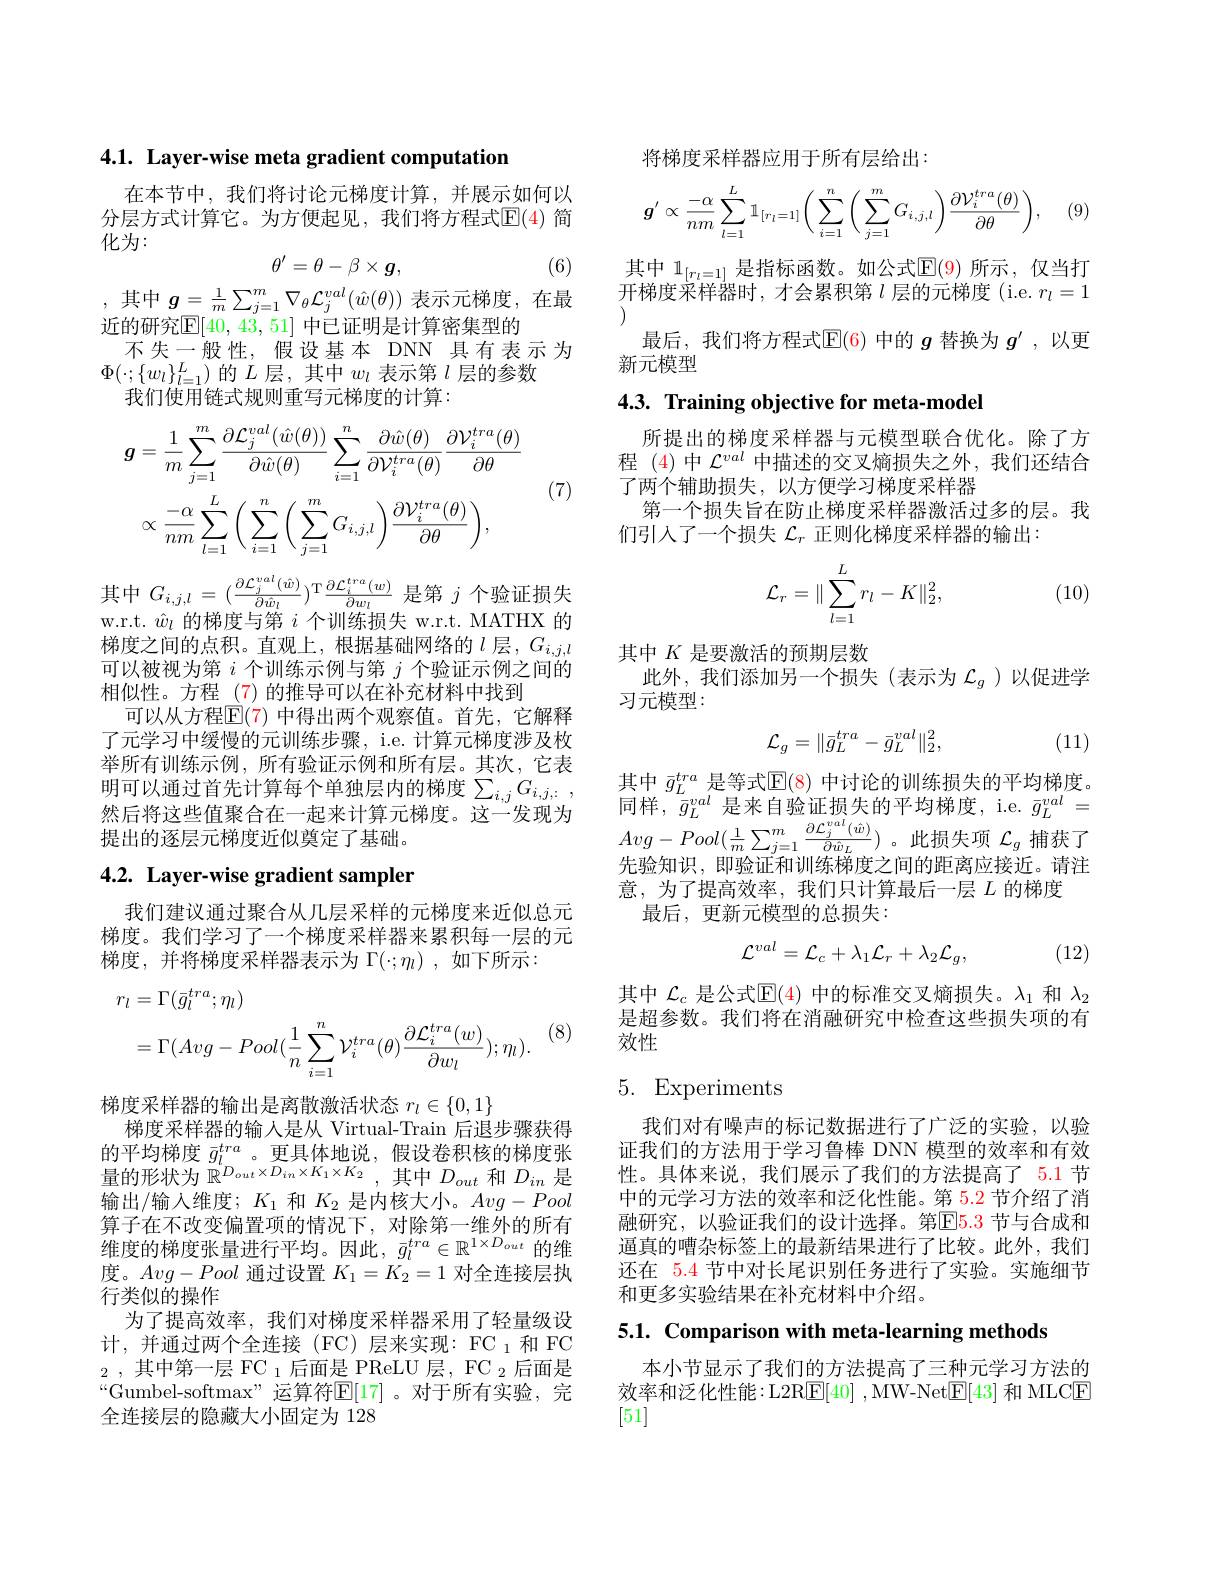
4.1. Layer-wise meta gradient computation

在本节中，我们将讨论元梯度计算，并展示如何以分层方式计算它。为方便起见，我们将方程式$\overline{\mathbb{E}}(4)$ 简化为：
$$\theta'=\theta-\beta\times\boldsymbol{g},$$
(6)
$$g=\frac{1}{m}\sum_{j=1}^{m}\nabla_{\theta}\mathcal{L}_{j}^{val}(\hat{w}(\theta))$$
近的研究$\mathbb{E}[40,43,51]$ 中已证明是计算密集型的
不失一般性，假设基本 DNN 具有表示为
$\Phi(\cdot;\{w_{l}\}_{l=1}^{L})$的$L$层，其中$w_l$表示第$l$层的参数
我们使用链式规则重写元梯度的计算：
$$\boldsymbol{g}=\frac{1}{m}\sum_{j=1}^{m}\frac{\partial\mathcal{L}_{j}^{val}(\hat{w}(\theta))}{\partial\hat{w}(\theta)}\sum_{i=1}^{n}\frac{\partial\hat{w}(\theta)}{\partial\mathcal{V}_{i}^{tra}(\theta)}\frac{\partial\mathcal{V}_{i}^{tra}(\theta)}{\partial\theta}\\\propto\frac{-\alpha}{nm}\sum_{l=1}^{L}\bigg(\sum_{i=1}^{n}\bigg(\sum_{j=1}^{m}G_{i,j,l}\bigg)\frac{\partial\mathcal{V}_{i}^{tra}(\theta)}{\partial\theta}\bigg),$$
(7)

其 中 $G_{i, j, l}= ( \frac {\partial \mathcal{L} _j^{val}( \hat{w} ) }{\partial \hat{w} _l}) ^{\mathrm{T} }\frac {\partial \mathcal{L} _i^{tra}( w) }{\partial w_l}$ 是 第 $j$ 个 验 证 损 失 w. r. t. $\hat{w} _l$ 的 梯 度 与 第 $i$ 个 训 练 损 失 w. r. t. MATHX 的梯度之间的点积。直观上，根据基础网络的$l$层$,G_{i,j,l}$ 可以被视为第$i$个训练示例与第$j$个验证示例之间的相似性。方程 (7)的推导可以在补充材料中找到
可以从方程$\mathbb{E}(7)$ 中得出两个观察值。首先，它解释了元学习中缓慢的元训练步骤，i.e. 计算元梯度涉及枚举所有训练示例，所有验证示例和所有层。其次，它表明可以通过首先计算每个单独层内的梯度$\sum _i, jG_{i, j, : }$ , 然后将这些值聚合在一起来计算元梯度。这一发现为提出的逐层元梯度近似奠定了基础。

# 4.2. Layer-wise gradient sampler

我们建议通过聚合从几层采样的元梯度来近似总元梯度。我们学习了一个梯度采样器来累积每一层的元梯度，并将梯度采样器表示为$\Gamma(\cdot;\eta_l)$,如下所示：
$$\begin{aligned}r_{l}&=\Gamma(\bar{g}_{l}^{tra};\eta_{l})\\&=\Gamma(Avg-Pool(\frac{1}{n}\sum_{i=1}^{n}\mathcal{V}_{i}^{tra}(\theta)\frac{\partial\mathcal{L}_{i}^{tra}(w)}{\partial w_{l}});\eta_{l}).\end{aligned}$$
(8)

梯度采样器的输出是离散激活状态$r_l\in\{0,1\}$
梯度采样器的输入是从 Virtual-Train 后退步骤获得的平均梯度$\bar{g}_l^{tra}$。更具体地说，假设卷积核的梯度张量的形状为$\mathbb{R}^{D_{out}\times D_{in}\times K_{1}\times K_{2}}$,其中$D_out$和$D_in$是输出/输入维度；$K_1$和$K_2$是内核大小。$Avg-Pool$ 算子在不改变偏置项的情况下，对除第一维外的所有维度的梯度张量进行平均。因此，$\bar{g}_l^{tra}\in\mathbb{R}^{1\times D_{out}}$的维度。$Avg-Pool$通过设置$K_1=K_2=1$对全连接层执行类似的操作
为了提高效率，我们对梯度采样器采用了轻量级设计，并通过两个全连接(FC)层来实现：FC_1和FC $_2$,其中第一层 FC 1后面是 PReLU 层，FC $_2$ 后面是“Gumbel-softmax”运算符$\mathbb{E}[17]$。对于所有实验，完全连接层的隐藏大小固定为 128

将梯度采样器应用于所有层给出：

(9)
$$g'\propto\frac{-\alpha}{nm}\sum_{l=1}^{L}\mathbb{1}_{[r_{l}=1]}\bigg(\sum_{i=1}^{n}\bigg(\sum_{j=1}^{m}G_{i,j,l}\bigg)\frac{\partial\mathcal{V}_{i}^{tra}(\theta)}{\partial\theta}\bigg),$$
其 中 $\mathbb{1} _{[ r_{l}= 1] }$ 是 指 标 函 数 。如 公 式 $\mathbb{E} ( 9)$ 所 示 , 仅 当 打 开 梯 度 采 样 器 时 , 才 会 累 积 第 $l$ 层 的 元 梯 度 ( i. e. $r_{l}= 1$
最后，我们将方程式$\operatorname{E}(6)$中的$g$替换为$g^{\prime}$ ,以更
新元模型

## $4. 3. \textbf{ Training objective for meta- model}$

所提出的梯度采样器与元模型联合优化。除了方程 (4)中$\mathcal{L}^val$中描述的交叉熵损失之外，我们还结合了两个辅助损失，以方便学习梯度采样器
第一个损失旨在防止梯度采样器激活过多的层。我
们引入了一个损失$\mathcal{L}_r$正则化梯度采样器的输出：
$$\mathcal{L}_r=\|\sum_{l=1}^Lr_l-K\|_2^2,$$
(10)

其中$K$是要激活的预期层数
此外，我们添加另一个损失(表示为$\mathcal{L}_g$ )以促进学
习元模型：
$$\mathcal{L}_{g}=\|\bar{g}_{L}^{tra}-\bar{g}_{L}^{val}\|_{2}^{2},$$
(11)

其中$\bar{g}_L^{tra}$是等式$\mathbb{E}(8)$中讨论的训练损失的平均梯度。同样，$\bar{\bar{g}}_L^{val}$是来自验证损失的平均梯度，i.e. $\bar{g}_L^{val}=$ $Avg-Pool(\frac{1}{m}\sum_{j=1}^{m}\frac{\partial\mathcal{L}_{j}^{val}(\hat{w})}{\partial\hat{w}_{L}})$。此损失项$\mathcal{L}_g$捕获了先验知识，即验证和训练梯度之间的距离应接近。请注意，为了提高效率，我们只计算最后一层$L$的梯度
最后，更新元模型的总损失：
$$\mathcal{L}^{val}=\mathcal{L}_{c}+\lambda_{1}\mathcal{L}_{r}+\lambda_{2}\mathcal{L}_{g},$$
, (12)

其中$\mathcal{L}_c$是公式$\mathsf{E}(4)$中的标准交叉熵损失。$\lambda_1$和$\lambda_2$ 是超参数。我们将在消融研究中检查这些损失项的有效性

## 5. Experiments

我们对有噪声的标记数据进行了广泛的实验，以验证我们的方法用于学习鲁棒 DNN 模型的效率和有效性。具体来说，我们展示了我们的方法提高了 5.1 节中的元学习方法的效率和泛化性能。第 5.2 节介绍了消融研究，以验证我们的设计选择。第$\color{red}{\mathrm{E}}\color{blue}{\mathrm{E}}\color{red}{\mathrm{5.3}}$节与合成和通真的嘈杂标签上的最新结果进行了比较。此外，我们还在 5.4 节中对长尾识别任务进行了实验。实施细节和更多实验结果在补充材料中介绍。

5.1. Comparison with meta-learning methods

本小节显示了我们的方法提高了三种元学习方法的效率和泛化性能：L2R$\boxed{\mathrm{E}}[40]$,MW-Net$\boxed{\mathrm{E}}[43]$和 MLCE [51]